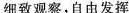
细致观察，自由发挥